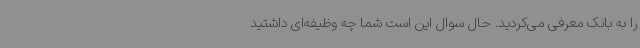
را به بانک معرفی می‌کردید. حال سوال این است شما چه وظیفه‌ای داشتید